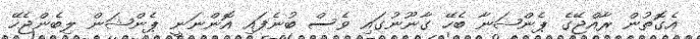
އެގޮތުން ރާއްޖޭގެ ޕެންޝަނާ ބެހޭ ގާނޫނުގައި ވެސް ބުނެފައި އޮންނަނީ ޕެންޝަން ލިބެންޖެހޭ